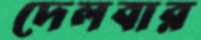
দেলবার